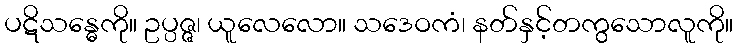
ပဋိသန္ဓေကို။ ဥပ္ပဇ္ဇ၊ ယူလေလော။ သဒေဝကံ၊ နတ်နှင့်တကွသောလူကို။